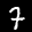
Label: 7